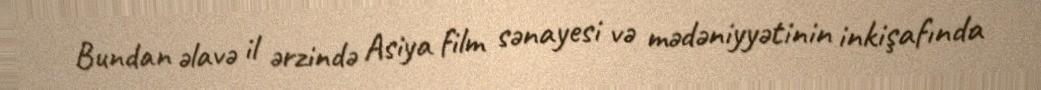
Bundan əlavə il ərzində Asiya film sənayesi və mədəniyyətinin inkişafında